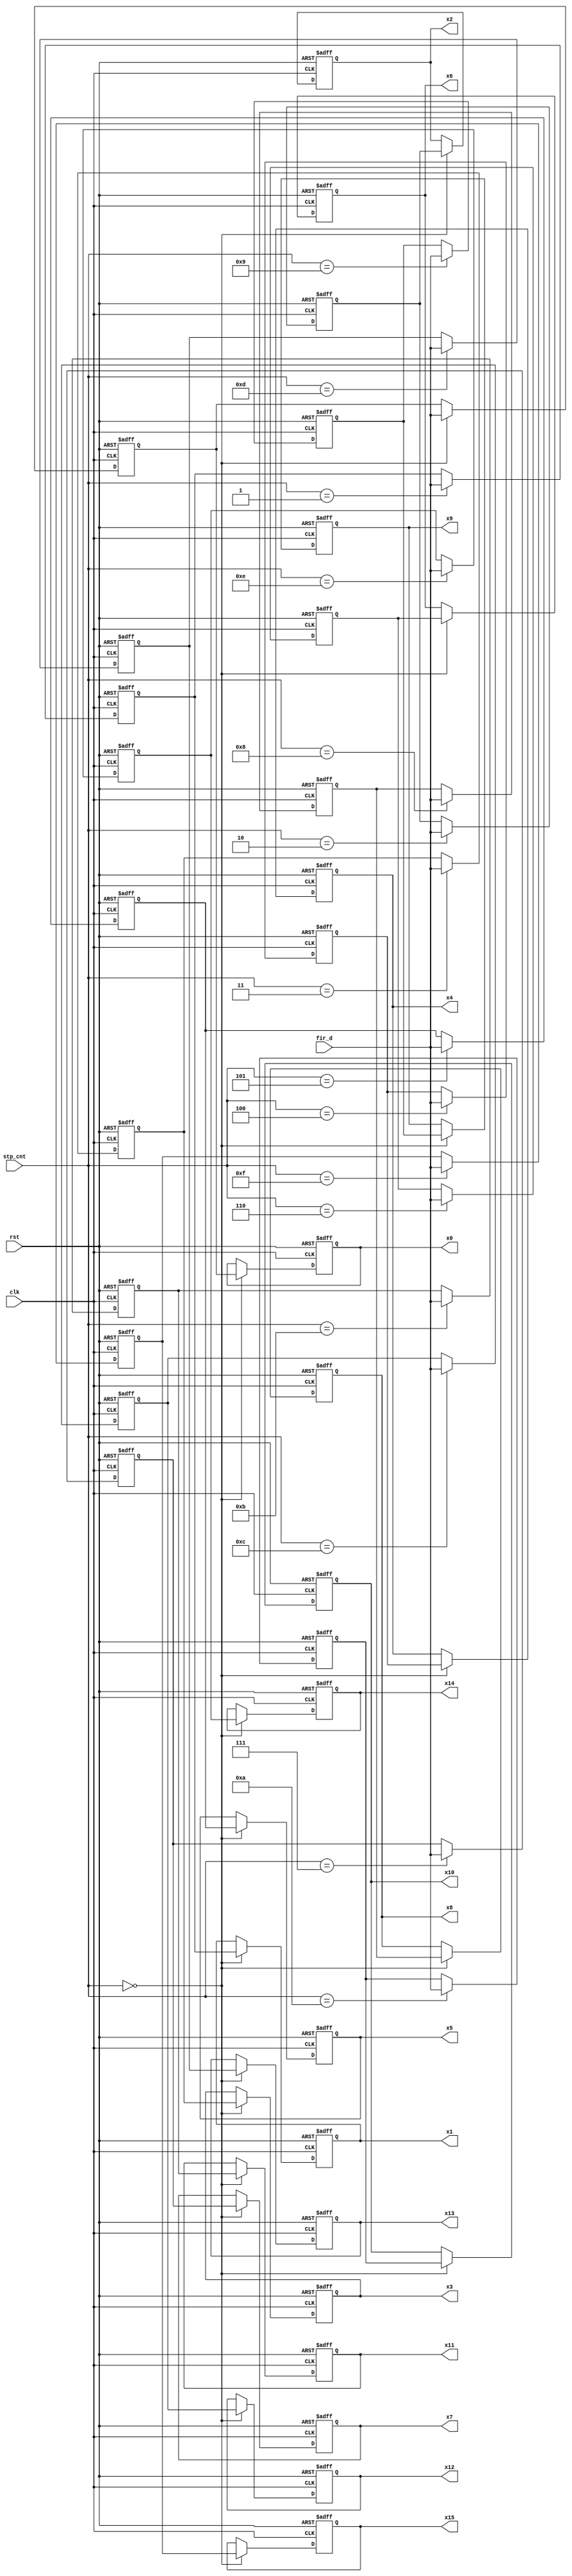
module FFT_STP(
    input clk,rst,
    //input fir_valid,
    input [15:0] fir_d,

    input [3:0] stp_cnt,

    output [15:0] x0,x1,x2,x3,x4,x5,x6,x7,x8,x9,x10,x11,x12,x13,x14,x15
);
    integer i;
    reg [15:0] x_cur [15:0];
    reg [15:0] x_new [15:0];

    assign x0 = x_cur[0];
    assign x1 = x_cur[1];
    assign x2 = x_cur[2];
    assign x3 = x_cur[3];
    assign x4 = x_cur[4];
    assign x5 = x_cur[5];
    assign x6 = x_cur[6];
    assign x7 = x_cur[7];
    assign x8 = x_cur[8];
    assign x9 = x_cur[9];
    assign x10 = x_cur[10];
    assign x11 = x_cur[11];
    assign x12 = x_cur[12];
    assign x13 = x_cur[13];
    assign x14 = x_cur[14];
    assign x15 = x_cur[15];

    always@(posedge clk or posedge rst) begin
        if(rst) begin
            for(i = 0 ; i < 16 ; i = i + 1)begin
                x_new[i] <= 0;
                x_cur[i] <= 0;
            end
        end
        else begin
            x_new[stp_cnt] <= fir_d;
            
            if(stp_cnt == 0) begin
                for(i = 0 ; i < 16 ; i = i + 1)begin
                    x_cur[i] <= x_new[i];
                end
            end
        end
    end
endmodule